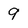
Character: 9